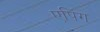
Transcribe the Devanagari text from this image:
एपिंग